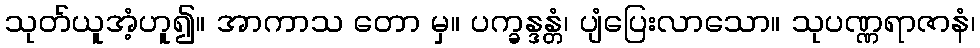
သုတ်ယူအံ့ဟူ၍။ အာကာသ တော မှ။ ပက္ခန္ဒန္တံ၊ ပျံပြေးလာသော။ သုပဏ္ဏရာဇာနံ၊